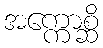
အက္ကောစ္ဆိ